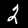
Digit: 2